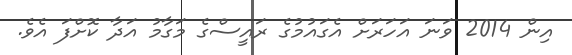
އިން 2014 ވަނަ އަހަރަށް އެގައުމުގެ ރައީސްގެ މަގާމު އަދާ ކޮށްފަ އެވެ.